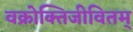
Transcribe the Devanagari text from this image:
वक्रोक्तिजीवितम्